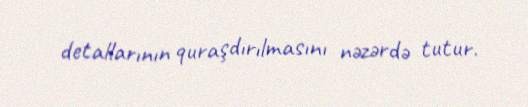
detallarının quraşdırılmasını nəzərdə tutur.